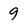
Character: 9